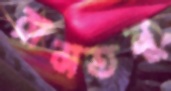
রামতনু